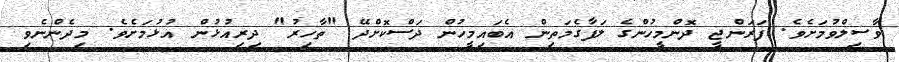
ވާސިލްވުމަށެވެ. ފަރަންޖީ ދޮންމީހުންގެ ލަފާގެމަތިން އެބައިމީހުން ދަސްކޮށްދޭ "ތާހިރު" ދިރިއުޅުން އުޅުމަށެވެ. މިދެންނެވި